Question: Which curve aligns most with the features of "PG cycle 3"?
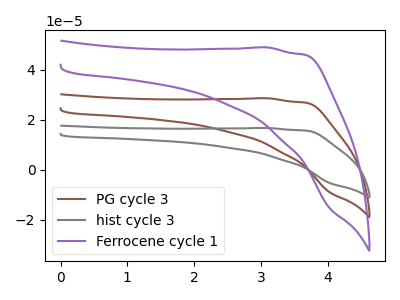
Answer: <think>The brown curve "PG cycle 3" has no peaks. The gray curve "hist cycle 3" has no peaks. The purple curve "Ferrocene cycle 1" has no peaks.
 Neither "PG cycle 3" or "hist cycle 3" have any peaks. Neither "PG cycle 3" or "Ferrocene cycle 1" have any peaks. Neither "hist cycle 3" or "Ferrocene cycle 1" have any peaks.</think>
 <answer>"PG cycle 3" and "hist cycle 3" have a similar shape to "Ferrocene cycle 1".</answer>
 <eval>"PG cycle 3" "hist cycle 3"</eval>